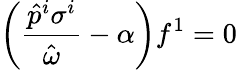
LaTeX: \left(\frac{\hat{p}^{i}\sigma^{i}}{\hat{\omega}}-\alpha\right)f^{1}=0